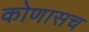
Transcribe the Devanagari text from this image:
कोणासच